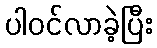
ပါဝင်လာခဲ့ပြီး